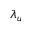
\lambda _ { u }